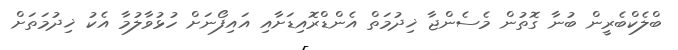
ބްލެކްބެރީން ބުނާ ގޮތުން މެސެންޖާ ޚިދުމަތް އެންޑްރޮއިޑަށާއި އައިފޯނަށް ހުޅުވާލުމާ އެކު ޚިދުމަތަށް